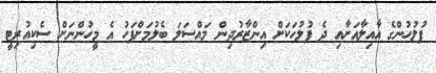
ފުލުހުންގެ އާއިލާއަށާއި ދެ ފުލުހަކަށް އިންޒާރުދިން މައްސަލަ ބެލުމަށްފަހު އެ މީހުންނަށް ސެކިއުރިޓީ